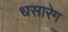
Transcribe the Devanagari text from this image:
धसारेग